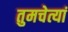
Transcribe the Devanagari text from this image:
तुमचेत्यां